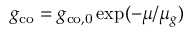
g _ { \mathrm { c o } } = g _ { \mathrm { c o , 0 } } \exp ( - \mu / \mu _ { g } )